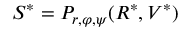
S ^ { * } = P _ { r , \varphi , \psi } ( R ^ { * } , V ^ { * } )